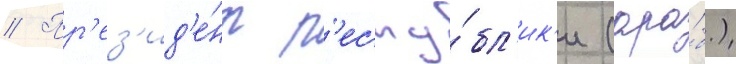
// Пр'ез'ид'е́нт р'еспу́бл'ик'и (ара́б.)